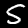
Label: 5